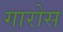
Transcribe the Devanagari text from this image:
गारोस